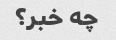
چه خبر؟